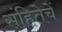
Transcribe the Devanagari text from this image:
संहितेचें